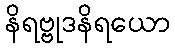
နိရဗ္ဗုဒနိရယော